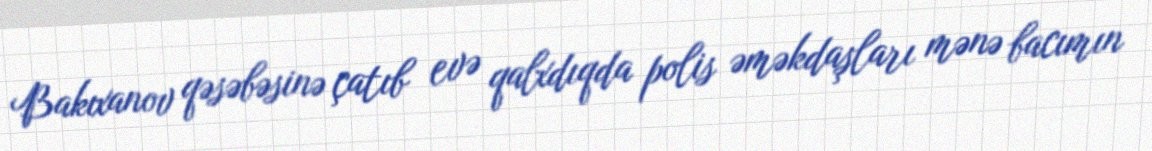
Bakıxanov qəsəbəsinə çatıb evə qalxdıqda polis əməkdaşları mənə bacımın